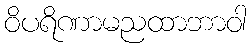
ဝိပရိဏာမညထာဘာဝါ